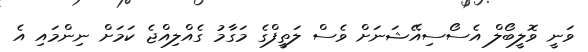
ވަނީ ވޮލީބޯލް އެސޯސިއޭޝަނަށް ވެސް ލަތީފްގެ މަގާމު ގެއްލިއްޖެ ކަމަށް ނިންމައި އެ